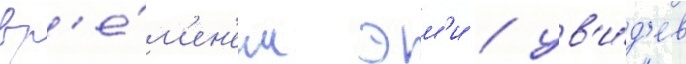
вр'е́м'ен'ем эм'и / ув'и́д'ев